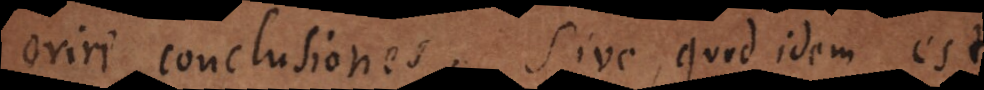
oriri conclusiones; sive, quod idem est,